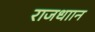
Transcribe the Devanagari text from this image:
राजधाान